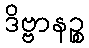
ဒိဗ္ဗာနဉ္စ